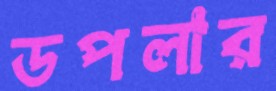
ডপলার